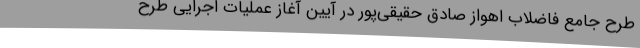
طرح جامع فاضلاب اهواز صادق حقیقی‌پور در آیین آغاز عملیات اجرایی طرح